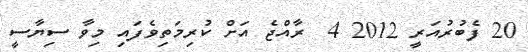
20 ފެބުރުއަރީ 2012 4  ރާއްޖެ އަށް ކުރިމަތިވެފައި މިވާ ސިޔާސީ